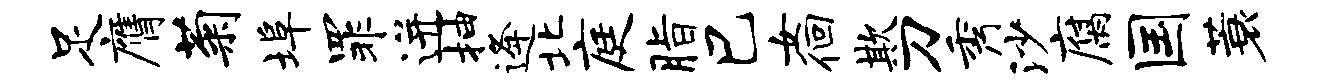
足膺菊埠罪迸抽逄北庭脂巳女徊欺刀秀沙腐国蓑